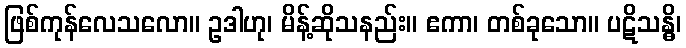
ဖြစ်ကုန်လေသလော။ ဥဒါဟု၊ မိန့်ဆိုသနည်း။ ဧကာ၊ တစ်ခုသော။ ပဋိသန္ဓိ၊